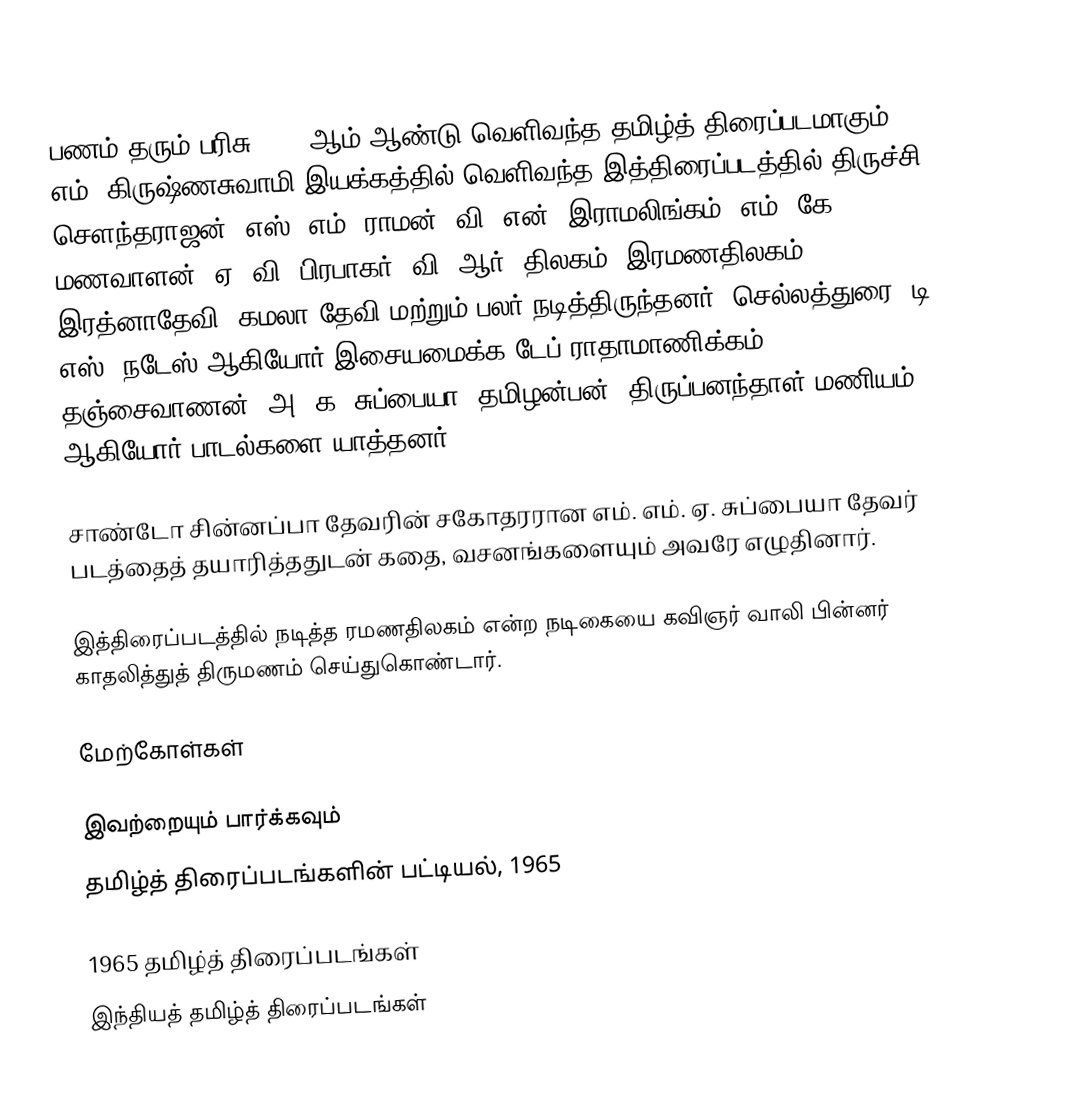
பணம் தரும் பரிசு 1965 ஆம் ஆண்டு வெளிவந்த தமிழ்த் திரைப்படமாகும். எம். கிருஷ்ணசுவாமி இயக்கத்தில் வெளிவந்த இத்திரைப்படத்தில் திருச்சி சௌந்தராஜன், எஸ். எம். ராமன், வி. என். இராமலிங்கம், எம். கே. மணவாளன், ஏ. வி. பிரபாகர், வி. ஆர். திலகம், இரமணதிலகம், இரத்னாதேவி, கமலா தேவி மற்றும் பலர் நடித்திருந்தனர். செல்லத்துரை, டி. எஸ். நடேஸ் ஆகியோர் இசையமைக்க டேப் ராதாமாணிக்கம், தஞ்சைவாணன், அ. க. சுப்பையா, தமிழன்பன், திருப்பனந்தாள் மணியம் ஆகியோர் பாடல்களை யாத்தனர்.

சாண்டோ சின்னப்பா தேவரின் சகோதரரான எம். எம். ஏ. சுப்பையா தேவர் படத்தைத் தயாரித்ததுடன் கதை, வசனங்களையும் அவரே எழுதினார்.

இத்திரைப்படத்தில் நடித்த ரமணதிலகம் என்ற நடிகையை கவிஞர் வாலி பின்னர் காதலித்துத் திருமணம் செய்துகொண்டார்.

மேற்கோள்கள்

இவற்றையும் பார்க்கவும்
 தமிழ்த் திரைப்படங்களின் பட்டியல், 1965

1965 தமிழ்த் திரைப்படங்கள்
இந்தியத் தமிழ்த் திரைப்படங்கள்